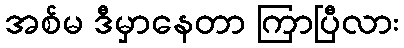
အစ်မ ဒီမှာနေတာ ကြာပြီလား